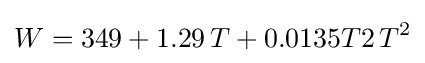
W=349+1.29\,T+0.0135T2\,T^{2}